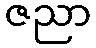
ဇညာ